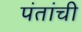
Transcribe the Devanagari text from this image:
पंतांची